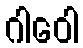
ဂါဝေါ